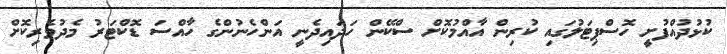
ކުޅުދުއްފުށީ ހޮސްޕިޓަލުގައި ކުރިން އާއްމުކޮށް ސްކޭން ހަދައިދެނީ އަންހެނުންގެ ހާއްސަ ޑޮކްޓަރު މެދުވެރިކޮށް